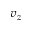
v _ { z }